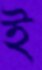
ই